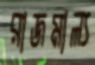
রাজমাল্য